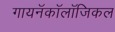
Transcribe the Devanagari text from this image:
गायनॅकॉलॉजिकल